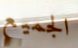
الجميع